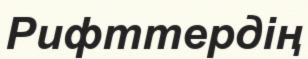
Рифттердің